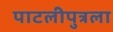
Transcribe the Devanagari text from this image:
पाटलीपुत्रला